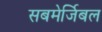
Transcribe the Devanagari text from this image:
सबमेर्जिबल